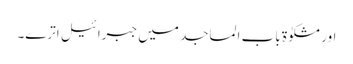
اور مشکوٰۃ باب المساجد میں جبرائیل اترے۔